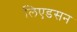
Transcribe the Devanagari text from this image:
लिएडसन